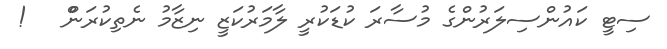
ސިޓީ ކައުންސިލަރުންގެ މުސާރަ ކުޑަކުރީ ލާމަރުކަޒީ ނިޒާމު ނެތިކުރަންްްްްްްްްްްްްްްްްްްްްްްްްްްްްްްްްްްް   !